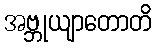
အဗ္ဘုယျာတောတိ